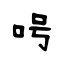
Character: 呺